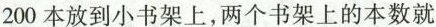
200本放到小书架上，两个书架上的本数就